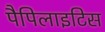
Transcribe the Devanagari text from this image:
पैपिलाइटिस